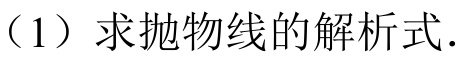
（1）求抛物线的解析式.